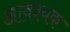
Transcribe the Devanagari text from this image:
अावश्यक